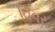
વિવર